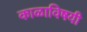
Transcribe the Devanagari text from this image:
काळाविषयी